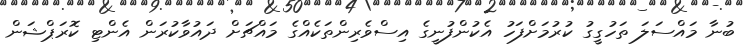
ބުނާ މައްސަލަ ތަހުގީގު ކުރުމަށްފަހު އެކުންފުނީގެ އިސްވެރިންތަކެއްގެ މައްޗަށް ދައުވާކުރަން އެންޓި ކޮރަޕްޝަން